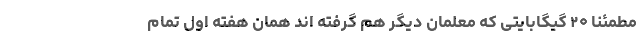
مطمئنا ۲۰ گیگابایتی که معلمان دیگر هم گرفته اند همان هفته اول تمام